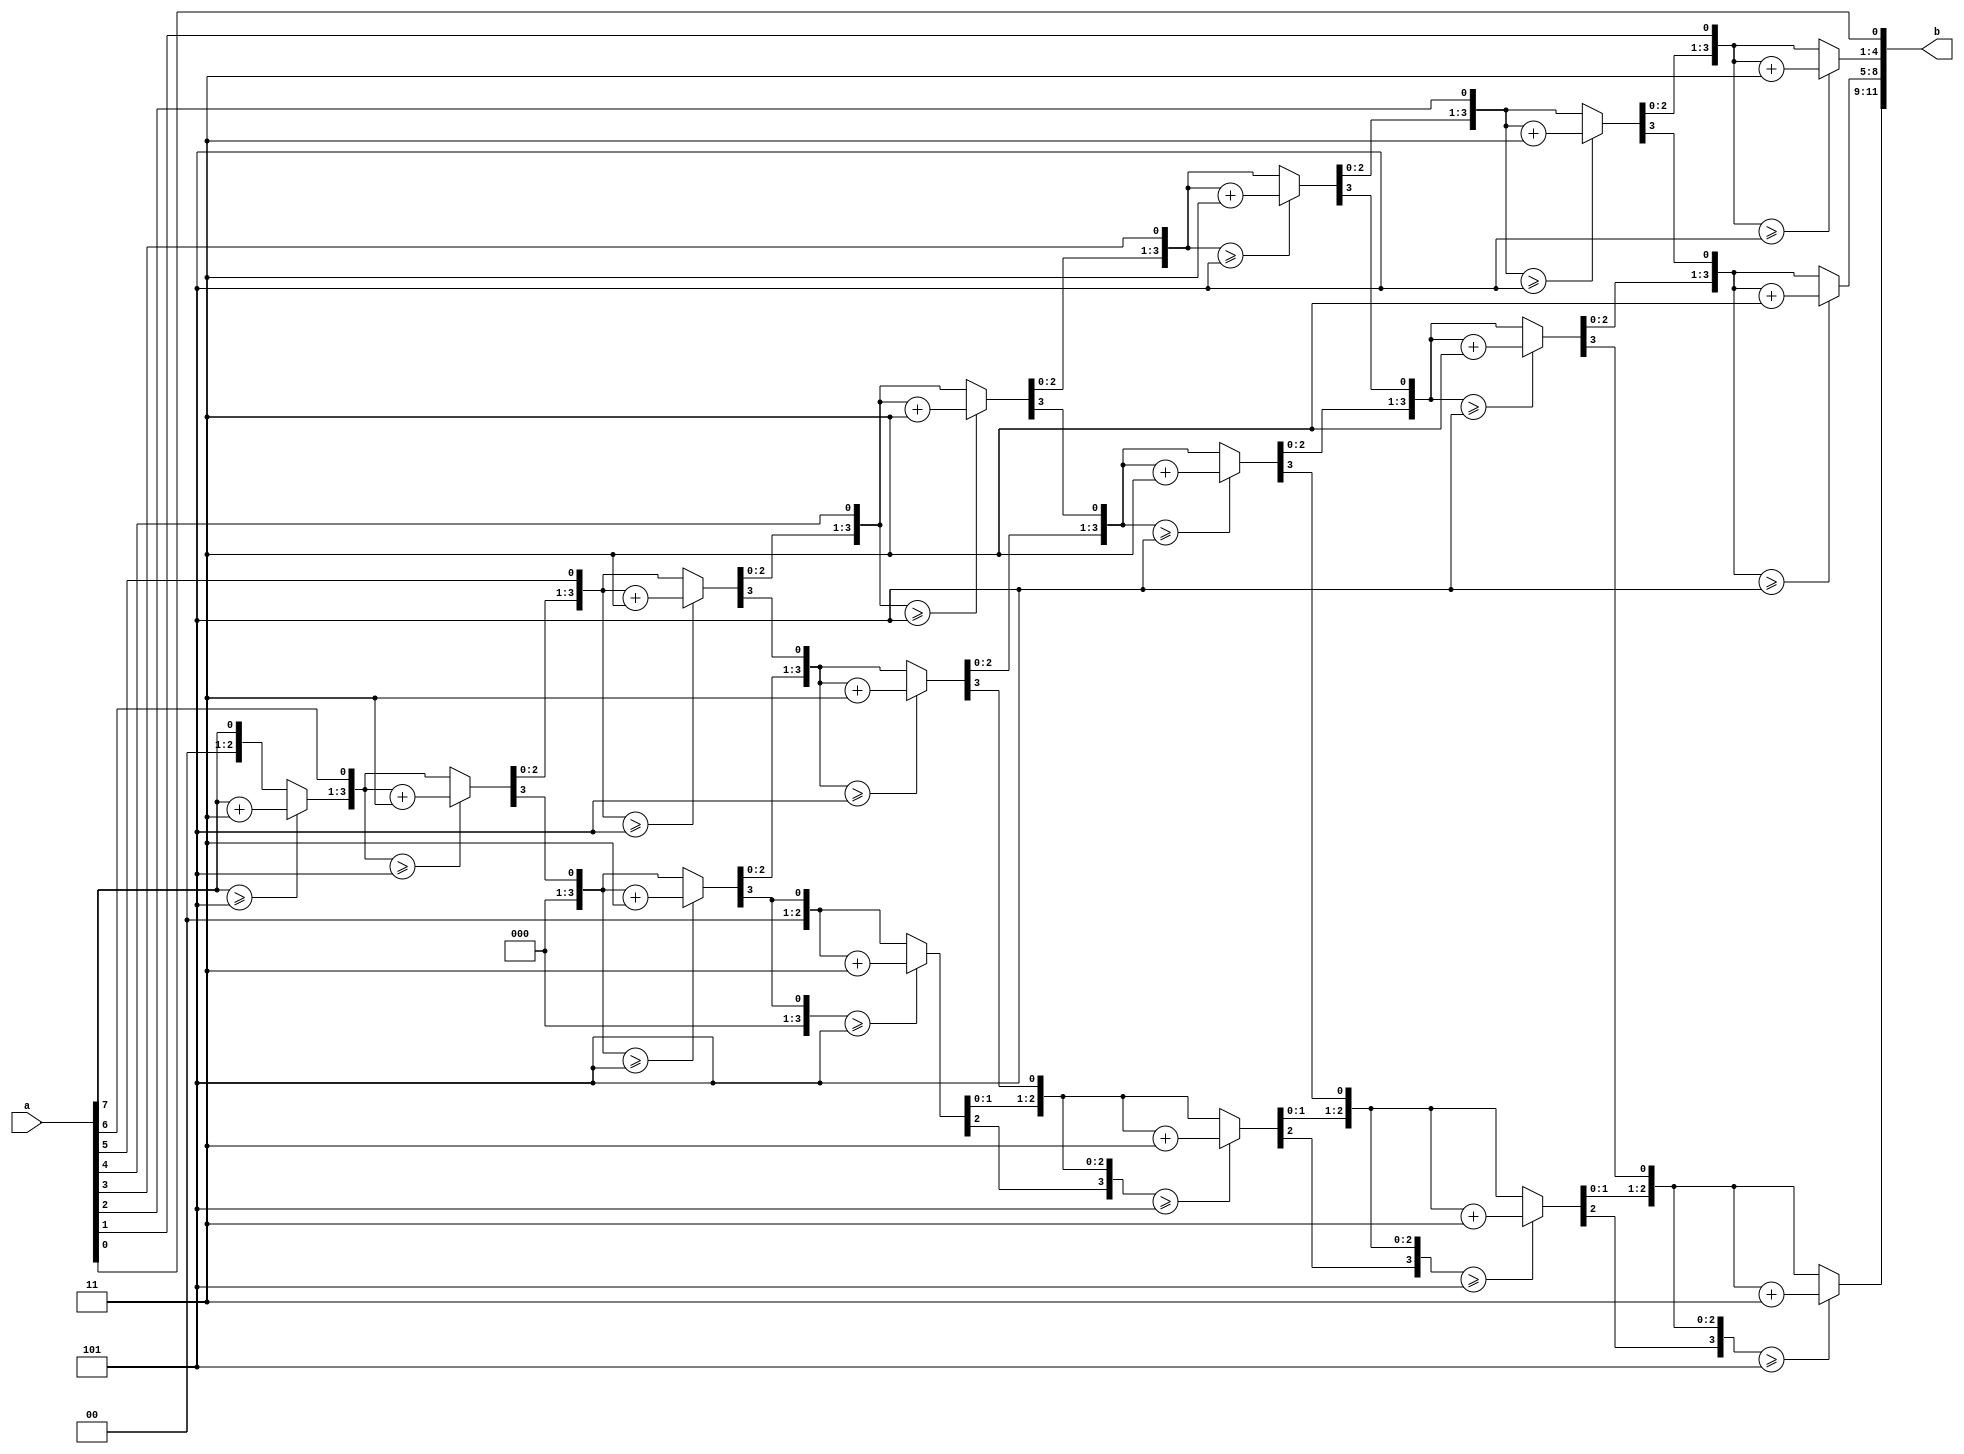
`timescale 1ns / 1ps
    
  module bin2bcd(input [7:0] a, output reg [11:0] b

    );
reg [3:0] b1, b2, b3;
reg [7:0] a1;
integer i;



    always @(*)
        begin
         a1 = a;
        b1 = 4'b0;
        b2 = 4'b0;
        b3 = 4'b0;
    for (i = 0; i < 8; i = i + 1)
        begin
    if (b1 >= 4'b0101)
        b1 = b1 + 4'b0011;

if (b2 >= 4'b0101)
    b2 = b2 + 4'b0011;

if (b3 >= 4'b0101)
    b3 = b3 + 4'b0011;

b3 = b3 << 1;
b3[0] = b2[3];

b2 = b2 << 1;
b2[0] =  b1[3];

b1 = b1 << 1;
b1[0] = a1[7];

a1 = a1 << 1;

end
    b = {b3,b2,b1};
    

end

    endmodule